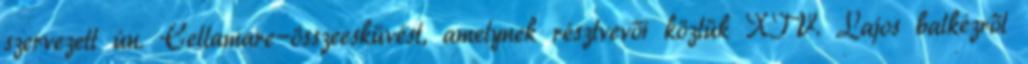
szervezett ún. Cellamare-összeesküvést, amelynek résztvevői köztük XIV. Lajos balkézről